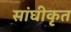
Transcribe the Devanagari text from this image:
सांघीकृत